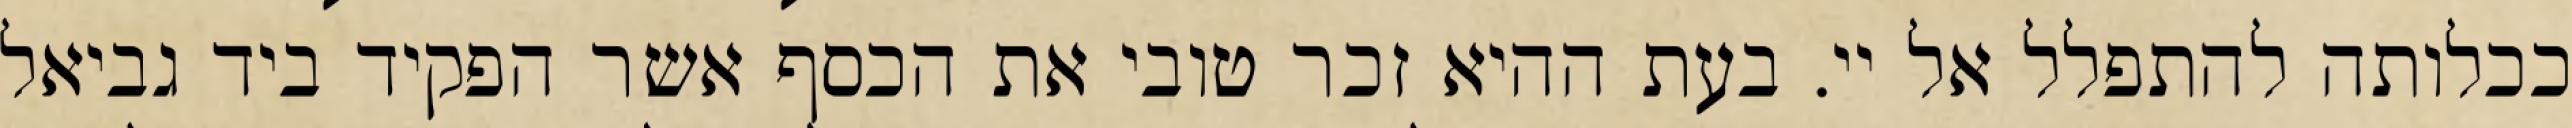
ככלותה להתפלל אל יי. בעת ההיא זכר טובי את הכסף אשר הפקיד ביד גביאל